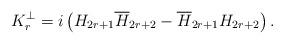
LaTeX: \begin{align*}K_r^{\perp}=i\left(H_{2r+1}{\overline{H}_{2r+2}}-{\overline{H}_{2r+1}}H_{2r+2}\right).\end{align*}